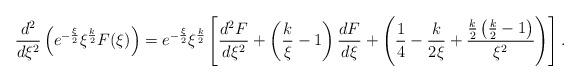
LaTeX: \begin{align*}\frac{d^{2}}{d\xi^{2}}\left(e^{-\frac{\xi}{2}}\xi^{\frac{k}{2}}F(\xi)\right) =e^{-\frac{\xi}{2}}\xi^{\frac{k}{2}} \left[\frac{d^{2}F}{d\xi^{2}}+\left(\frac{k}{\xi}-1\right)\frac{dF}{d\xi} +\left(\frac{1}{4}-\frac{k}{2\xi}+ \frac{\frac{k}{2}\left(\frac{k}{2}-1\right)}{\xi^{2}}\right)\right].\end{align*}